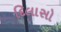
દિલાસો